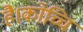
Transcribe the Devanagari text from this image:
है।कोच्चि